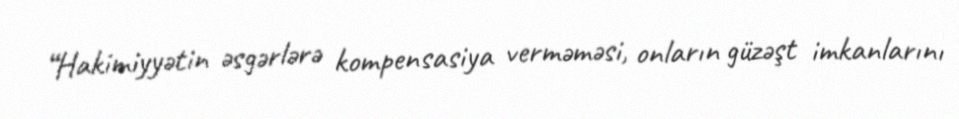
“Hakimiyyətin əsgərlərə kompensasiya verməməsi, onların güzəşt imkanlarını